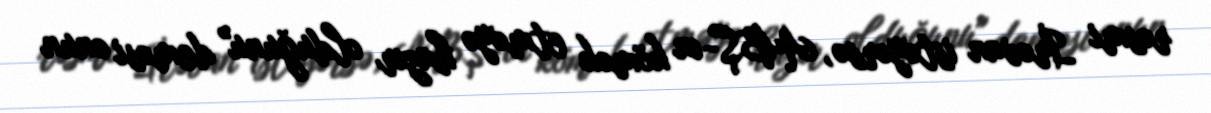
rəsmi İrəvan istəyərsə, ABŞ-ın kömək etməyə hazır olduğunu" deməsi onun